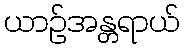
ယာဉ်အန္တရာယ်